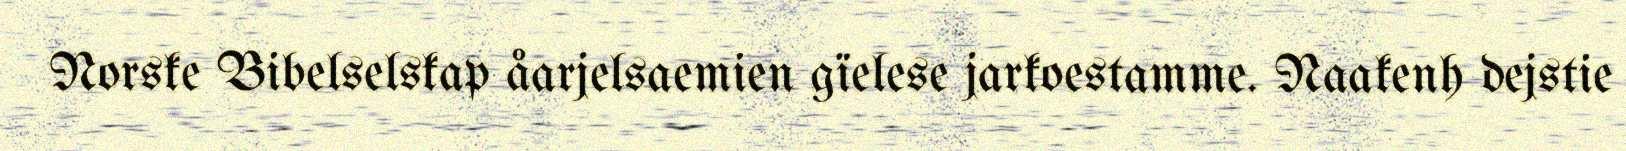
Norske Bibelselskap åarjelsaemien gïelese jarkoestamme. Naakenh dejstie